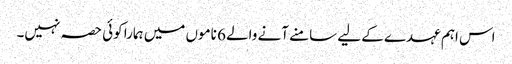
اس اہم عہدے کے لیے سامنے آنے والے 6 ناموں میں ہمارا کوئی حصہ نہیں۔